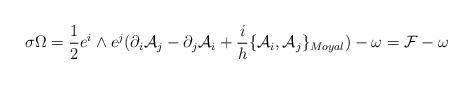
LaTeX: \begin{align*}\sigma \Omega=\frac{1}{2} e^{i}\wedge e^{j}(\partial_{i}{\cal {A}}_{j} - \partial_{j}{\cal {A}}_{i} + \frac{i}{h}\{{\cal {A}}_{i},{\cal{A}}_{j}\}_{Moyal}) - \omega = {\cal {F}} - \omega\end{align*}